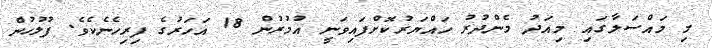
މި މައްސަލާގައި މިއަދު މެންދުރު ހައްޔަރުކޮށްފައިވަނީ އުމުރުން 18 އަހަރުގެ ފިރިހެނެކެވެ. ފުލުހުން